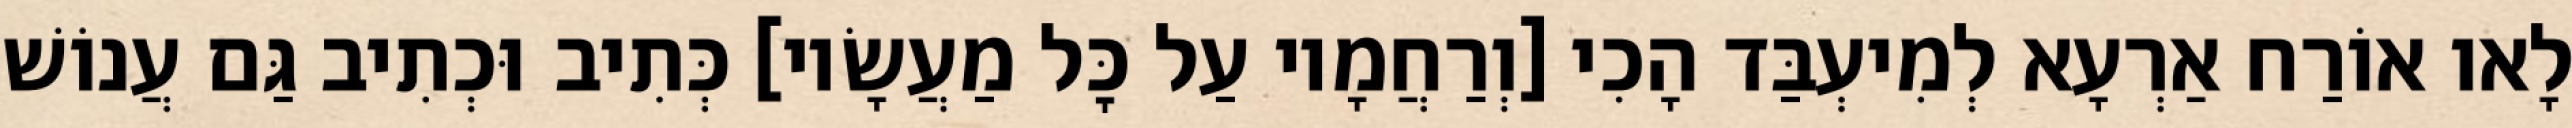
לָאו אוֹרַח אַרְעָא לְמִיעְבַּד הָכִי [וְרַחֲמָיו עַל כׇּל מַעֲשָׂיו] כְּתִיב וּכְתִיב גַּם עֲנוֹשׁ